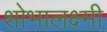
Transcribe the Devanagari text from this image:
शोभालक्ष्मी